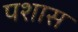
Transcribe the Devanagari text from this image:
पशास